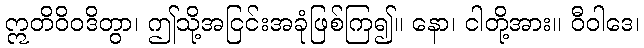
ဣတိဝိဝဒိတွာ၊ ဤသို့အငြင်းအခုံဖြစ်ကြ၍။ နော၊ ငါတို့အား။ ဝီဝါဒေ၊